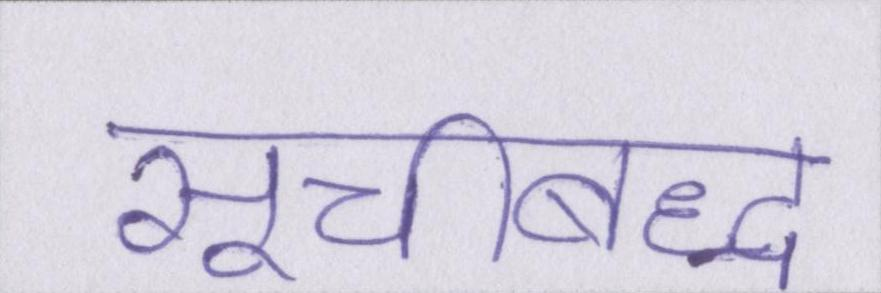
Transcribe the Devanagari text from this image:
सूचीबद्ध